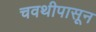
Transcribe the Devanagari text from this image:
चवथीपासून